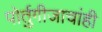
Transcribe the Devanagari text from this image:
पोर्तुगीजाचांही